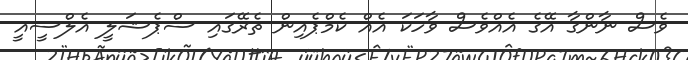
ވެސް ނާންގާ އޭގެ އެއްވެސް ވާހަކަ އެއް ކެމްޕެެއިން ތެރޭގައި ސްޕެޝަލީ އެލްސީއީ